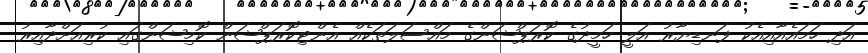
އަދި ހަމައެއާއިއެކު ފަނޑިޔާރު އަލީ ހަމީދުގެ ކޮރަޕްޝަންގެ މައްސަލަތަކެއް އެންޓިކޮރަޕްޝަން ކޮމިޝަންގައި ކުރިއަށްދާއިރު